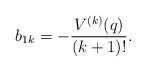
LaTeX: \begin{align*} b_{1k}=- \frac{V^{(k)}(q)}{(k+1)!}.\end{align*}